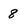
Character: 8